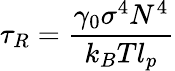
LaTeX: \tau_{R}=\frac{\gamma_{0}\sigma^{4}N^{4}}{k_{B}Tl_{p}}